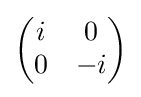
{\begin{pmatrix}i&0\\0&-i\end{pmatrix}}